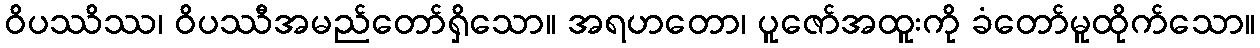
ဝိပဿိဿ၊ ဝိပဿီအမည်တော်ရှိသော။ အရဟတော၊ ပူဇော်အထူးကို ခံတော်မူထိုက်သော။